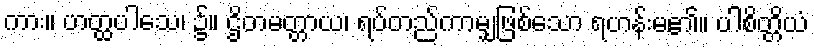
ကား။ ဟတ္ထပါသေ၊ ၌။ ဌိတမတ္တာယ၊ ရပ်တည်ကာမျှဖြစ်သော ရဟန်းမ၏။ ပါစိတ္တိယံ